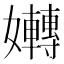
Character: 𡤛